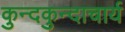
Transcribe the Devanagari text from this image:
कुन्दकुन्दाचार्य